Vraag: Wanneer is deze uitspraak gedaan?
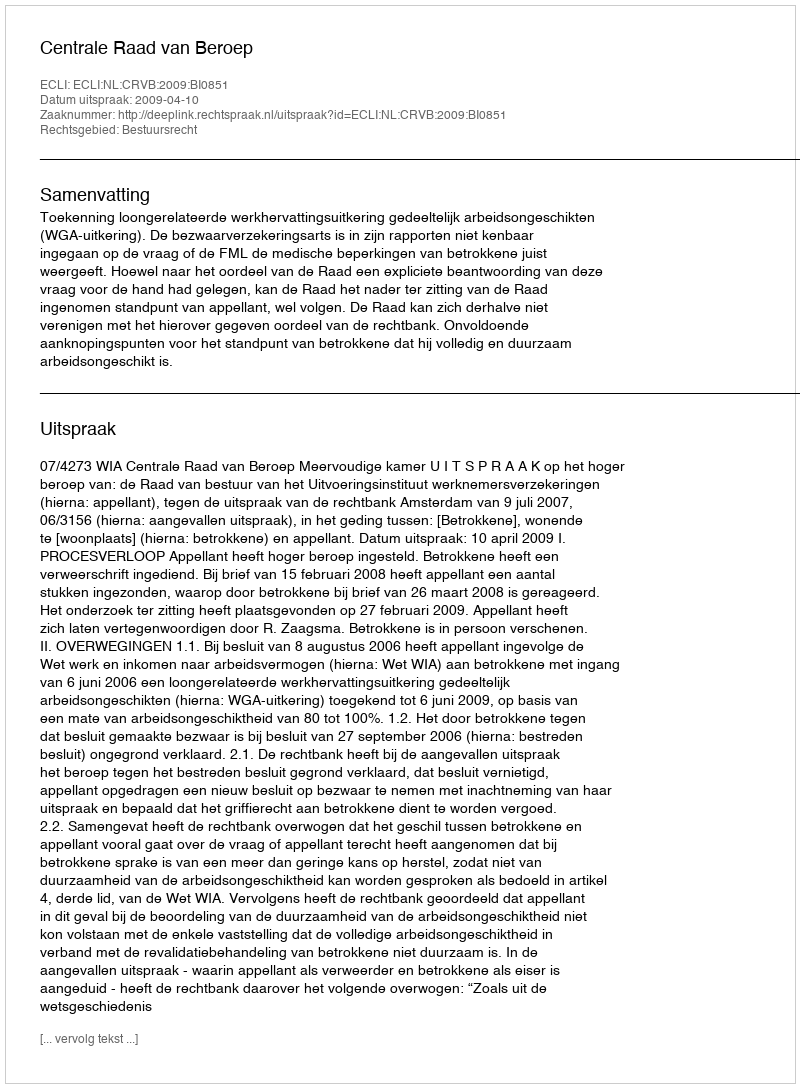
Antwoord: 2009-04-10